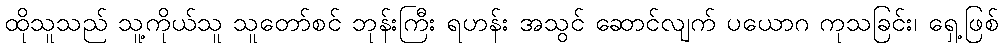
ထိုသူသည် သူ့ကိုယ်သူ သူတော်စင် ဘုန်းကြီး ရဟန်း အသွင် ဆောင်လျက် ပယောဂ ကုသခြင်း၊ ရှေ့ဖြစ်